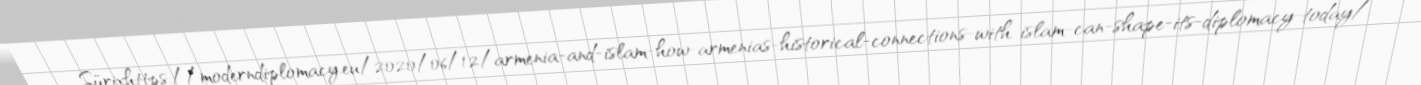
Sürixhttps://moderndiplomacy.eu/2020/06/12/armenia-and-islam-how-armenias-historical-connections-with-islam-can-shape-its-diplomacy-today/.